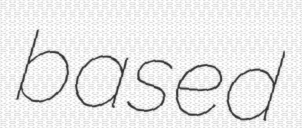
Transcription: based